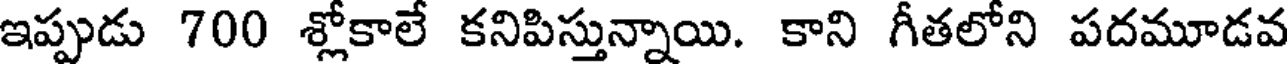
ఇప్పుడు 700 శ్లోకాలే కనిపిస్తున్నాయి. కాని గీతలోని పదమూడవ